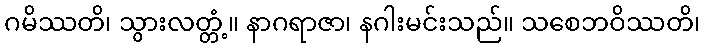
ဂမိဿတိ၊ သွားလတ္တံ့။ နာဂရာဇာ၊ နဂါးမင်းသည်။ သစေဘဝိဿတိ၊